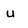
Character: U